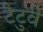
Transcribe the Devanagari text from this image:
टैटुवे